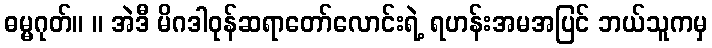
ဓမ္မဂုတ်။ ။ အဲဒီ မိဂဒါဝုန်ဆရာတော်လောင်းရဲ့ ရဟန်းအမအပြင် ဘယ်သူကမှ